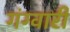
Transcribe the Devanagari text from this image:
गंग्वारी